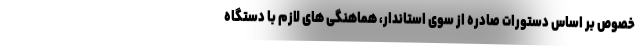
خصوص بر اساس دستورات صادره از سوی استاندار، هماهنگی های لازم با دستگاه